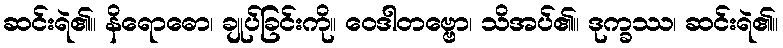
ဆင်းရဲ၏။ နိရောဓော၊ ချုပ်ခြင်းကို။ ဝေဒါတဗ္ဗော၊ သိအပ်၏။ ဒုက္ခဿ၊ ဆင်းရဲ၏။